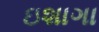
ઇશાગા